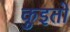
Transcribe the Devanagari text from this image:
कुइतो